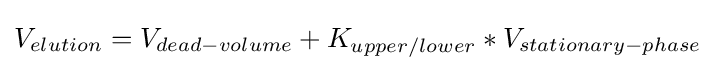
V_{elution}=V_{dead-volume}+K_{upper/lower}*V_{stationary-phase}